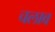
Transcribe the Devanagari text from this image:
चलाव